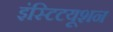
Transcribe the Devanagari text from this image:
इंस्टिटयूशन